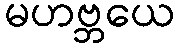
မဟဗ္ဘယေ